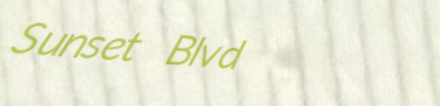
Sunset Blvd